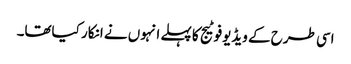
اسی طرح کے ویڈیوفوٹیج کا پہلے انہوں نے انکار کیاتھا۔